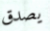
يصدق